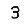
Digit: 3